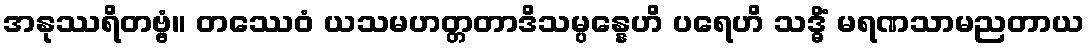
အနုဿရိတဗ္ဗံ။ တဿေဝံ ယသမဟတ္တတာဒိသမ္ပန္နေဟိ ပရေဟိ သဒ္ဓိံ မရဏသာမညတာယ